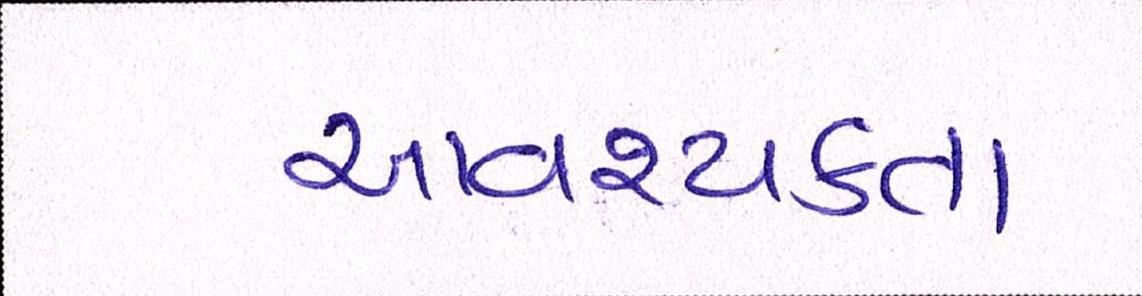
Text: આવશ્યકતા